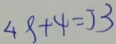
4 9 + 4 = 5 3